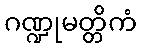
ဂဏ္ဍုမတ္တိကံ